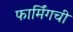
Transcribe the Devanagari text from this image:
फार्मिंगची